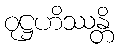
ဝုဋ္ဌဟိဿန္တိ